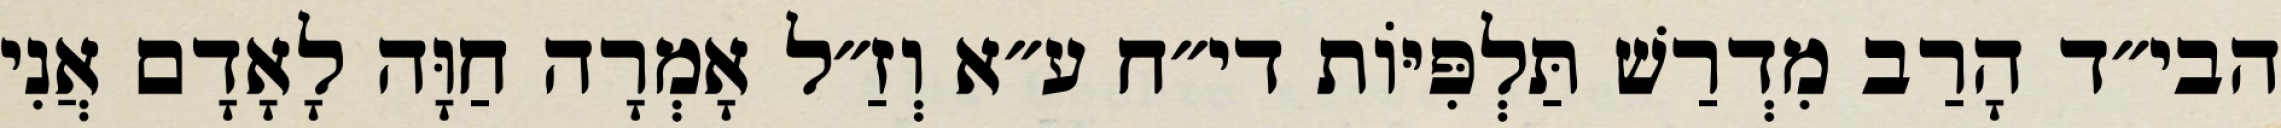
הבי״ד הָרַב מִדְרַשׁ תַּלְפִּיּוֹת די״ח ע״א וְזַ״ל אָמְרָה חַוָּה לָאָדָם אֲנִי